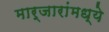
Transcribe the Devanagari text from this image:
मार्जारांमध्ये